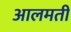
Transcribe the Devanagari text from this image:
आलमती